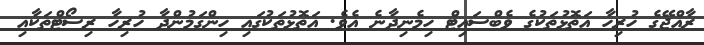
ރާއްޖޭގެ ހުރިހާ އަތޮޅުތަކުގެ ވެބްސައިޓް ހިމެނިދާނެ އެވެ. އަތޮޅުތަކުގައި ހިންގަމުންދާ ހުރިހާ ރިސޯޓްތަކާއި